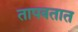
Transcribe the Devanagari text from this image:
तापवतात